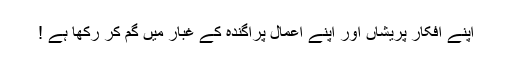
اپنے افکار پریشاں اور اپنے اعمال پراگندہ کے غبار میں گم کر رکھا ہے !